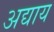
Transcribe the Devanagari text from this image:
अद्याय